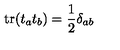
\mathrm { t r } ( t _ { a } t _ { b } ) = \frac { 1 } { 2 } \delta _ { a b }